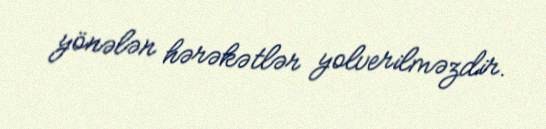
yönələn hərəkətlər yolverilməzdir.